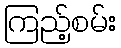
ကြည့်စမ်း